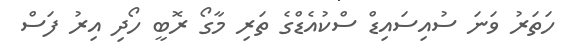
ހަތަރު ވަނަ ސުއިސައިޑް ސްކުއެޑްގެ ތަރި މާގޯ ރޮބީ ހޯދި އިރު ފަސް